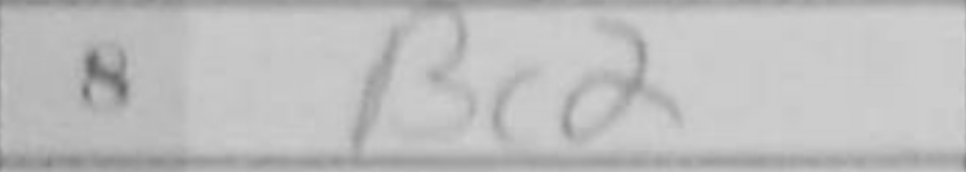
Transcription: Bc2